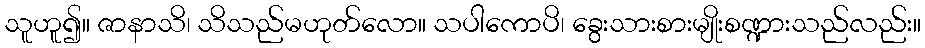
သူဟူ၍။ ဇာနာသိ၊ သိသည်မဟုတ်လော။ သပါကောပိ၊ ခွေးသားစားမျိုးစဏ္ဍားသည်လည်း။